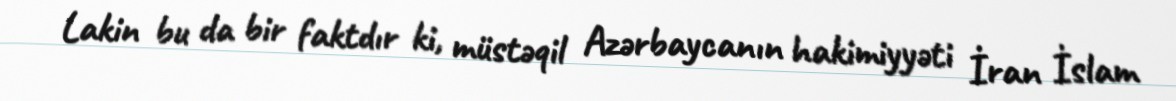
Lakin bu da bir faktdır ki, müstəqil Azərbaycanın hakimiyyəti İran İslam